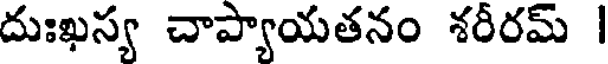
దుఃఖస్య చాప్యాయతనం శరీరమ్ |